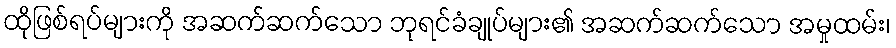
ထိုဖြစ်ရပ်များကို အဆက်ဆက်သော ဘုရင်ခံချုပ်များ၏ အဆက်ဆက်သော အမှုထမ်း၊